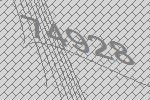
74928